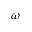
\omega